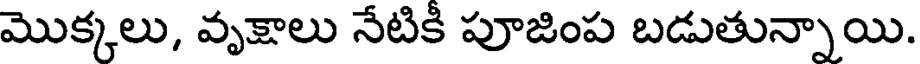
మొక్కలు, వృక్షాలు నేటికి పూజింప బడుతున్నాయి.